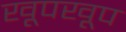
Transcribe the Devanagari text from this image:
खूपखूप